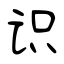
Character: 识